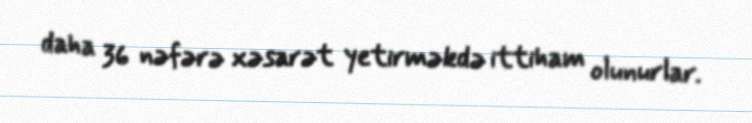
daha 36 nəfərə xəsarət yetirməkdə ittiham olunurlar.